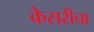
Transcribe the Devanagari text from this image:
केसरीचा